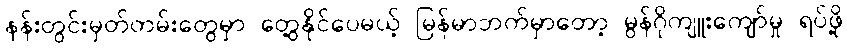
နန်းတွင်းမှတ်တမ်းတွေမှာ တွေ့နိုင်ပေမယ့် မြန်မာဘက်မှာတော့ မွန်ဂိုကျူးကျော်မှု ရပ်ဖို့